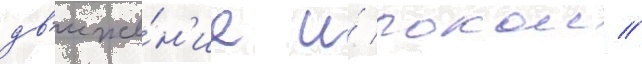
дв'иже́н'ие и́ покои /